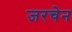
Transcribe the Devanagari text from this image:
जरचेन